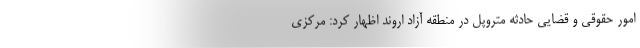
امور حقوقی و قضایی حادثه متروپل در منطقه آزاد اروند اظهار کرد: مرکزی